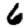
Digit: 6